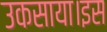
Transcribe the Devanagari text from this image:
उकसाया।इस